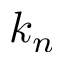
k _ { n }